On the action of the venoms of the cobra (Naja tripudians) and of the daboia (Daboia russellii) on the red blood corpuscles and on the blood plasma - Number 4
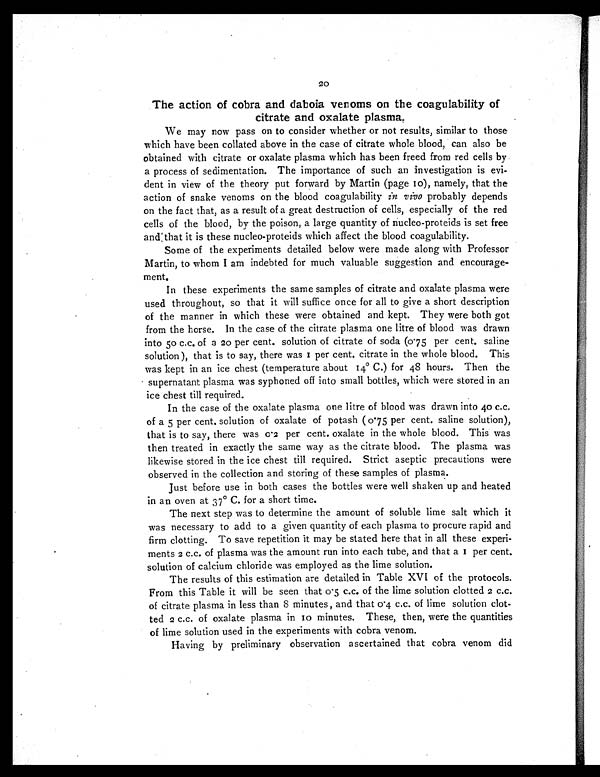
20
The action of cobra and daboia venoms on the coagulability of
citrate and oxalate plasma.
We may now pass on to consider whether or not results, similar to those
which have been collated above in the case of citrate whole blood, can also be
obtained with citrate or oxalate plasma which has been freed from red cells by
a process of sedimentation. The importance of such an investigation is evi
-
dent in view of the theory put forward by Martin (page 10 ), namely, that the
action of snake venoms on the blood coagulability in vivo probably depends
on the fact that, as a result of a great destruction of cells, especially of the red
cells of the blood, by the poison, a large quantity of nucleo-proteids is set free
and:that it is these nucleo-proteids which affect the blood coagulability.
Some of the experiments detailed below were made along with Professor
Martin, to whom I am indebted for much valuable suggestion and encourage
ment.
In these experiments the same samples of citrate and oxalate plasma were
used throughout, so that it will suffice once for all to give a short description
of the manner in which these were obtained and kept. They were both got
from the horse. In the case of the citrate plasma one litre of blood was drawn
into 5o c.c. of a 20 per cent. solution of citrate of soda (o.75 per cent, saline
solution), that is to say, there was I per cent. citrate in the whole blood. This
was kept in an ice chest (temperature about 14° C.) for 48 hours. Then the
supernatant plasma was syphoned off into small bottles, which were stored in an
ice chest till required.
In the case of the oxalate plasma one litre of blood was drawn into 40 c.c.
of a 5 per cent, solution of oxalate of potash (o.75 per cent, saline solution),
that is to say, there was 0.2 per cent. oxalate in the whole blood. This was
then treated in exactly the same way as the citrate blood. The plasma was
likewise stored in the ice chest till required. Strict aseptic precautions were
observed in the collection and storing of these samples of plasma.
Just before use in both cases the bottles were well shaken up and heated
in an oven at 37° C. for a short time.
The next step was to determine the amount of soluble lime salt which it
was necessary to add to a given quantity of each plasma to procure rapid and
firm clotting. To save repetition it may be stated here that in all these experi-
ments 2 c.c. of plasma was the amount run into each tube, and that a I per cent.
solution of calcium chloride was employed as the lime solution.
The results of this estimation are detailed in Table XVI of the protocols.
From this Table it will be seen that o.5 c.c. of the lime solution clotted 2 c.c.
of citrate plasma in less than 8 minutes , and that 0.4 c.c. of lime solution clot-
ted 2 c.c. of oxalate plasma in to minutes. These, then, were the quantities
of lime solution used in the experiments with cobra venom.
Having by preliminary observation ascertained that cobra venom did